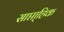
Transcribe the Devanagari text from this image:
साप्ता्हिक